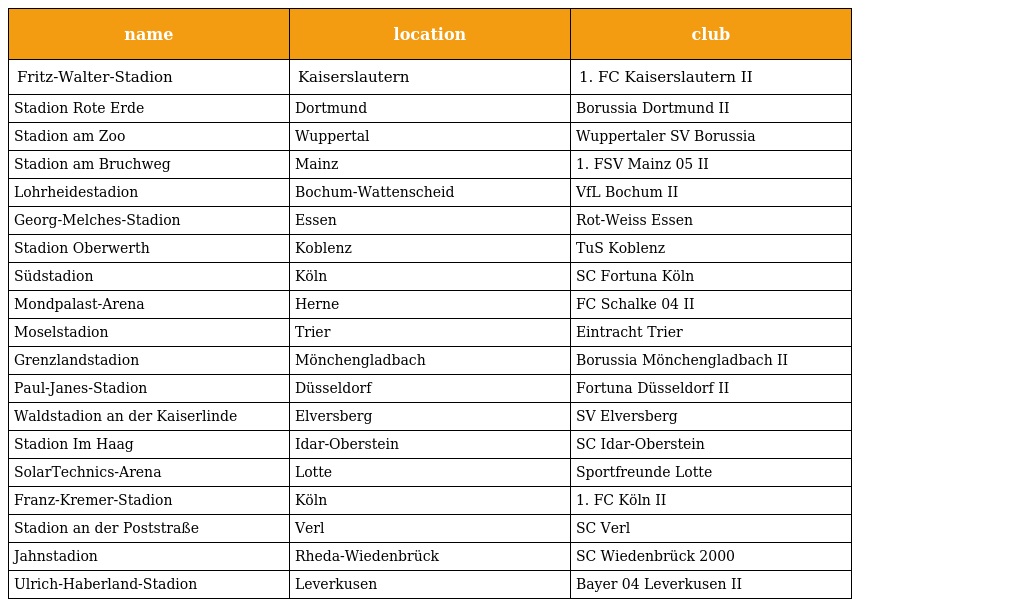
| name | location | club |
 | --- | --- | --- |
 | Fritz-Walter-Stadion | Kaiserslautern | 1. FC Kaiserslautern II |
 | Stadion Rote Erde | Dortmund | Borussia Dortmund II |
 | Stadion am Zoo | Wuppertal | Wuppertaler SV Borussia |
 | Stadion am Bruchweg | Mainz | 1. FSV Mainz 05 II |
 | Lohrheidestadion | Bochum-Wattenscheid | VfL Bochum II |
 | Georg-Melches-Stadion | Essen | Rot-Weiss Essen |
 | Stadion Oberwerth | Koblenz | TuS Koblenz |
 | Südstadion | Köln | SC Fortuna Köln |
 | Mondpalast-Arena | Herne | FC Schalke 04 II |
 | Moselstadion | Trier | Eintracht Trier |
 | Grenzlandstadion | Mönchengladbach | Borussia Mönchengladbach II |
 | Paul-Janes-Stadion | Düsseldorf | Fortuna Düsseldorf II |
 | Waldstadion an der Kaiserlinde | Elversberg | SV Elversberg |
 | Stadion Im Haag | Idar-Oberstein | SC Idar-Oberstein |
 | SolarTechnics-Arena | Lotte | Sportfreunde Lotte |
 | Franz-Kremer-Stadion | Köln | 1. FC Köln II |
 | Stadion an der Poststraße | Verl | SC Verl |
 | Jahnstadion | Rheda-Wiedenbrück | SC Wiedenbrück 2000 |
 | Ulrich-Haberland-Stadion | Leverkusen | Bayer 04 Leverkusen II |